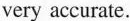
very accurate.